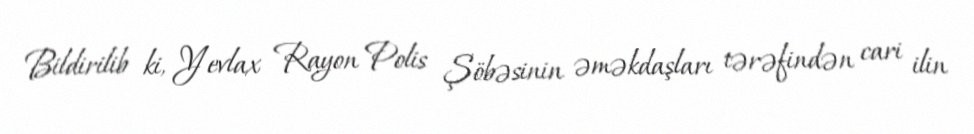
Bildirilib ki, Yevlax Rayon Polis Şöbəsinin əməkdaşları tərəfindən cari ilin